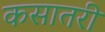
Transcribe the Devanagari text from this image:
कसातरी